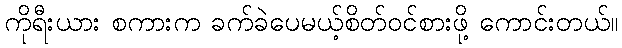
ကိုရီးယား စကားက ခက်ခဲပေမယ့်စိတ်ဝင်စားဖို့ ကောင်းတယ်။